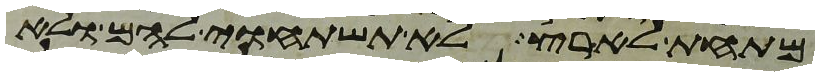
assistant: מתחת לארץ לא תשתחוה להם ולא